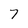
Character: 7